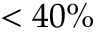
< 4 0 \%